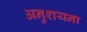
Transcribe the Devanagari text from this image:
अनुशयना